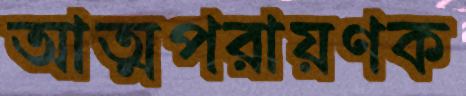
আত্মপরায়ণক